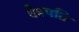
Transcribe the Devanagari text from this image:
वेमपति